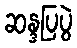
ဆန္ဒပြပွဲ